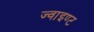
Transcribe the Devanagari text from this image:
ज्वाइण्ट